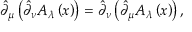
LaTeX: \hat { \partial } _ { \mu } \left( \hat { \partial } _ { \nu } A _ { \lambda } \left( x \right) \right) = \hat { \partial } _ { \nu } \left( \hat { \partial } _ { \mu } A _ { \lambda } \left( x \right) \right) ,